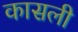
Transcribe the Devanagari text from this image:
कासली